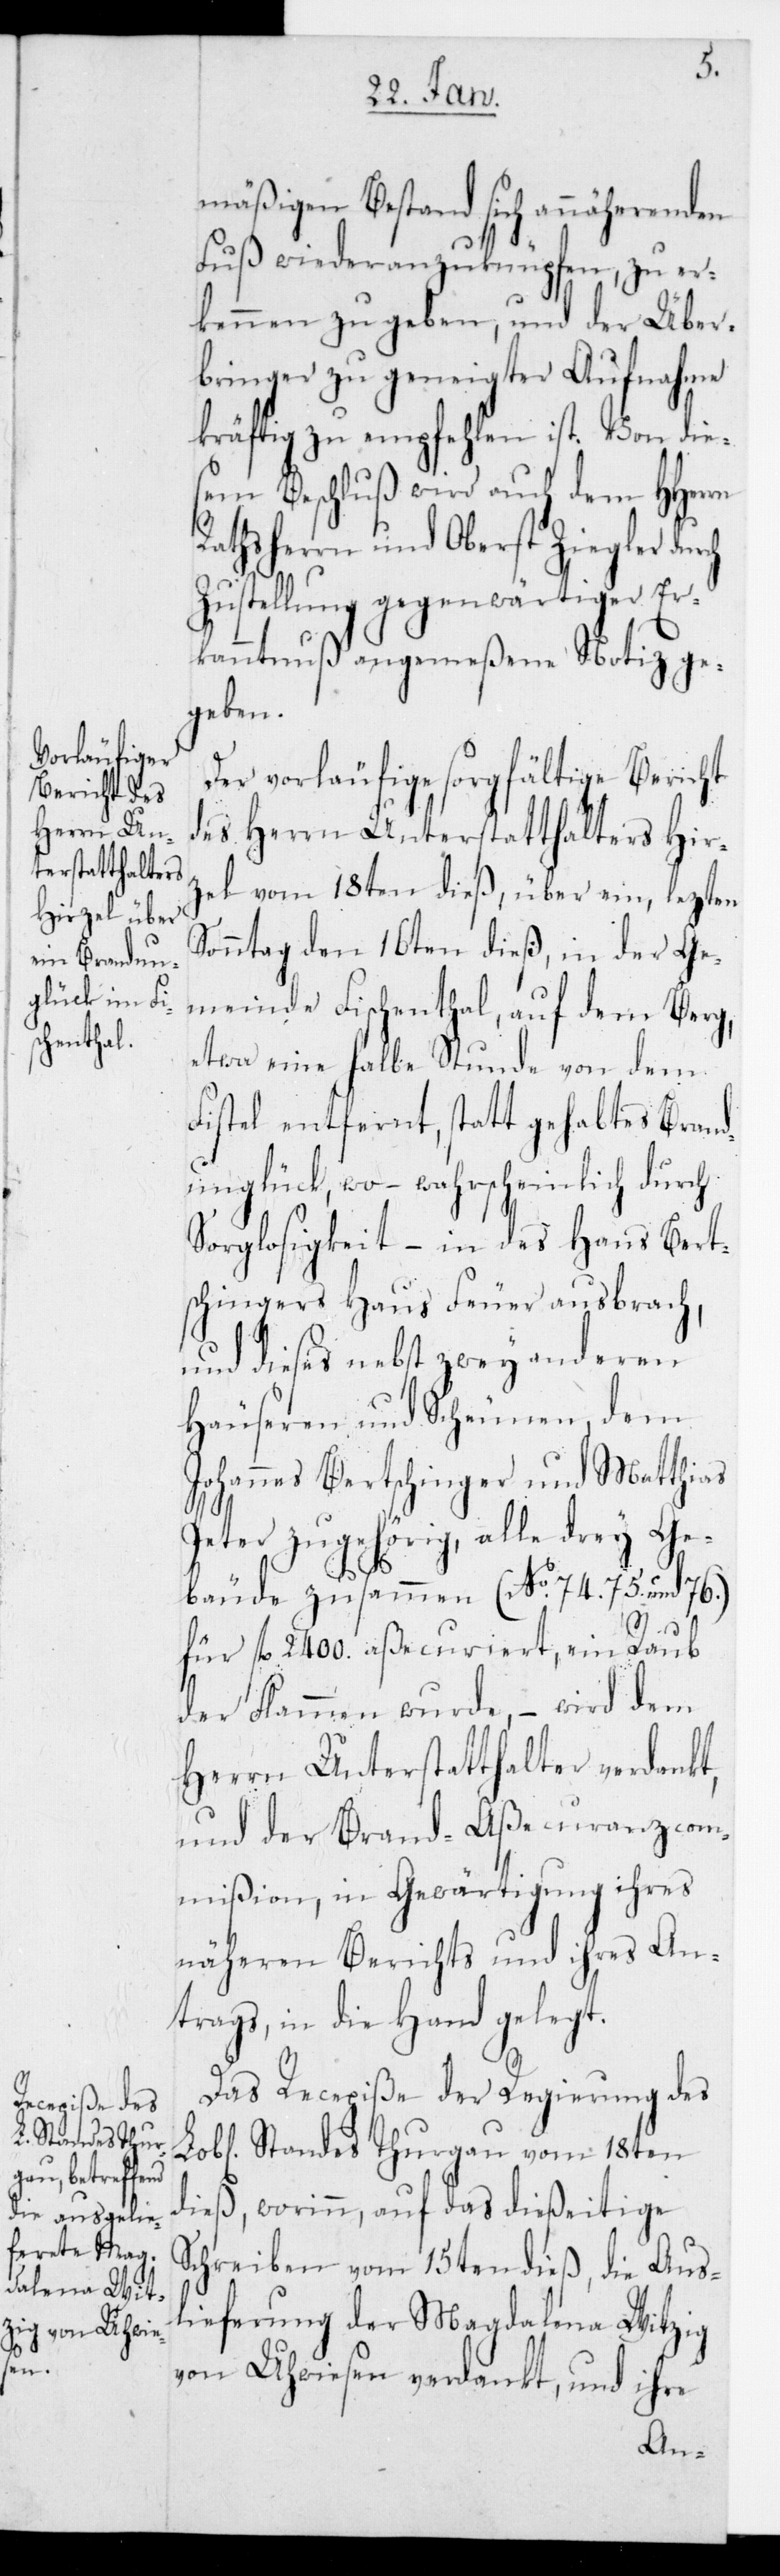
mäßigen Bestand sich annäherenden
Fuß wieder anzuknüpfen, zu er¬
kennen zu geben, und der Über¬
bringer zu geneigter Aufnahme
kräftig zu empfehlen ist. Von dies¬
em Beschluß wird auch dem HHerrn
Rathsherrn und Oberst Ziegler durch
Zustellung gegenwärtiger Er¬
kanntnuß angemeßene Notiz ge¬
geben.
Der vorläufige sorgfältige Bericht
des Herrn Unterstatthalters Hir¬
zel vom 18ten dieß, über ein, lezten
Sonntag den 16ten dieß, in der Ge¬
meinde Fischenthal auf dem Berg,
etwa eine halbe Stunde von dem
Fistel entfernt, statt gehabtes Brand¬
unglück, wo – wahrscheinlich durch
Sorglosigkeit – in des Hans Bert¬
schingers Haus Feuer ausbrach,
und dieses nebst zwey anderen
Häuseren und Scheunen, dem
Johannes Bertschinger und Matthias
Peter zugehörig, alle drey Ge¬
bäude zusammen (N 74. 75. und 76.)
für fl. 2400 aßecuriert, ein Raub
der Flammen wurde, – wird dem
Herrn Unterstatthalter verdankt,
und der Brand-Aßecuranzcom¬
mißion, in Gewärtigung ihres
näheren Berichts und ihres An¬
trags, in die Hand gelegt.
Das Recepiße der Regierung des
L. Standes Thurgau vom 18ten
dieß, worinn auf das dießeitige
Schreiben vom 15ten dieß, die Aus¬
lieferung der Magdalena Witzig
von Uhwiesen verdankt, und ihre